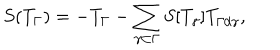
S ( T _ { \Gamma } ) = - T _ { \Gamma } - \sum _ { \gamma \subset \Gamma } S [ T _ { \gamma } ] T _ { \Gamma / \gamma } ,